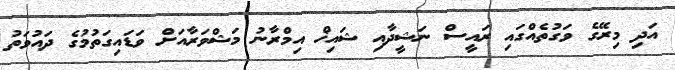
އަދި މިރޭގެ ވަގުތެއްގައި ރައީސް ނަޝީދާއި ޝައިޚް އިމްރާނު މަޝްވަރާއަށް ވަޑައިގަތުމުގެ ދައުވަތު